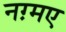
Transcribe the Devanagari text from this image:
नग़्मए